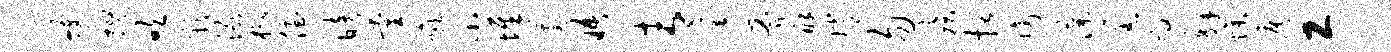
蠖摺吹彰渌槲侄暗量喉小墀逋晤青进斧酥嫦勿疾括陶藻羔效解燥扈工